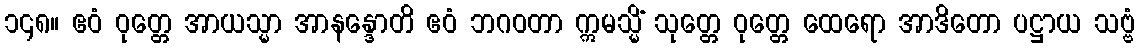
၁၄၈။ ဧဝံ ဝုတ္တေ အာယသ္မာ အာနန္ဒောတိ ဧဝံ ဘဂဝတာ ဣမသ္မိံ သုတ္တေ ဝုတ္တေ ထေရော အာဒိတော ပဋ္ဌာယ သဗ္ဗံ